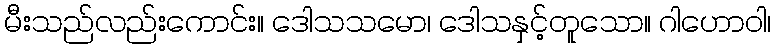
မီးသည်လည်းကောင်း။ ဒေါသသမော၊ ဒေါသနှင့်တူသော။ ဂါဟောဝါ၊